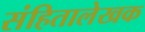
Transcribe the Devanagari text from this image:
संहितालेखक